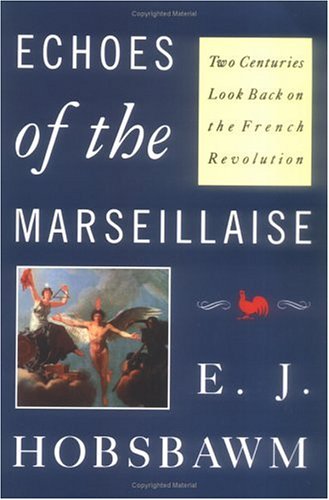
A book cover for Echoes of the Marseillaise: Two Centuries Look Back on the French Revolution (Mason Welch Gross Lecture Series); Professor E.J. Hobsbawm; History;